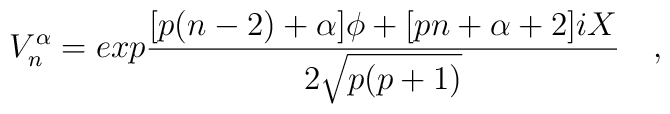
V_n^\alpha = exp{{[p(n-2)+\alpha]\phi + [pn+\alpha+2]iX } \over {2\sqrt{p(p+1)}}}\quad,